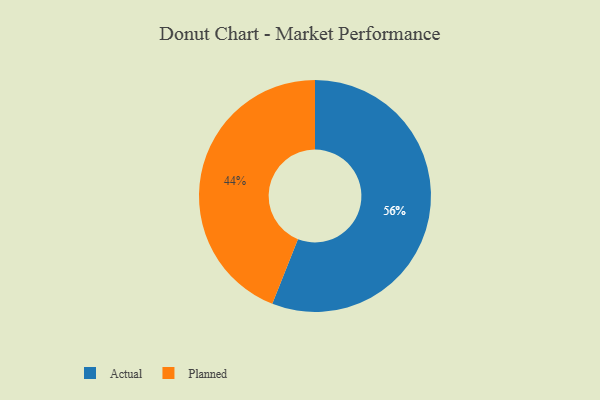
{"axis": {"x": "Category", "y": "Percentage"}, "legend": ["Actual", "Planned"], "data": [{"x": "Actual", "y": 56, "type": "Actual"}, {"x": "Planned", "y": 44, "type": "Planned"}]}